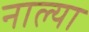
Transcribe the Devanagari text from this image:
नाल्या